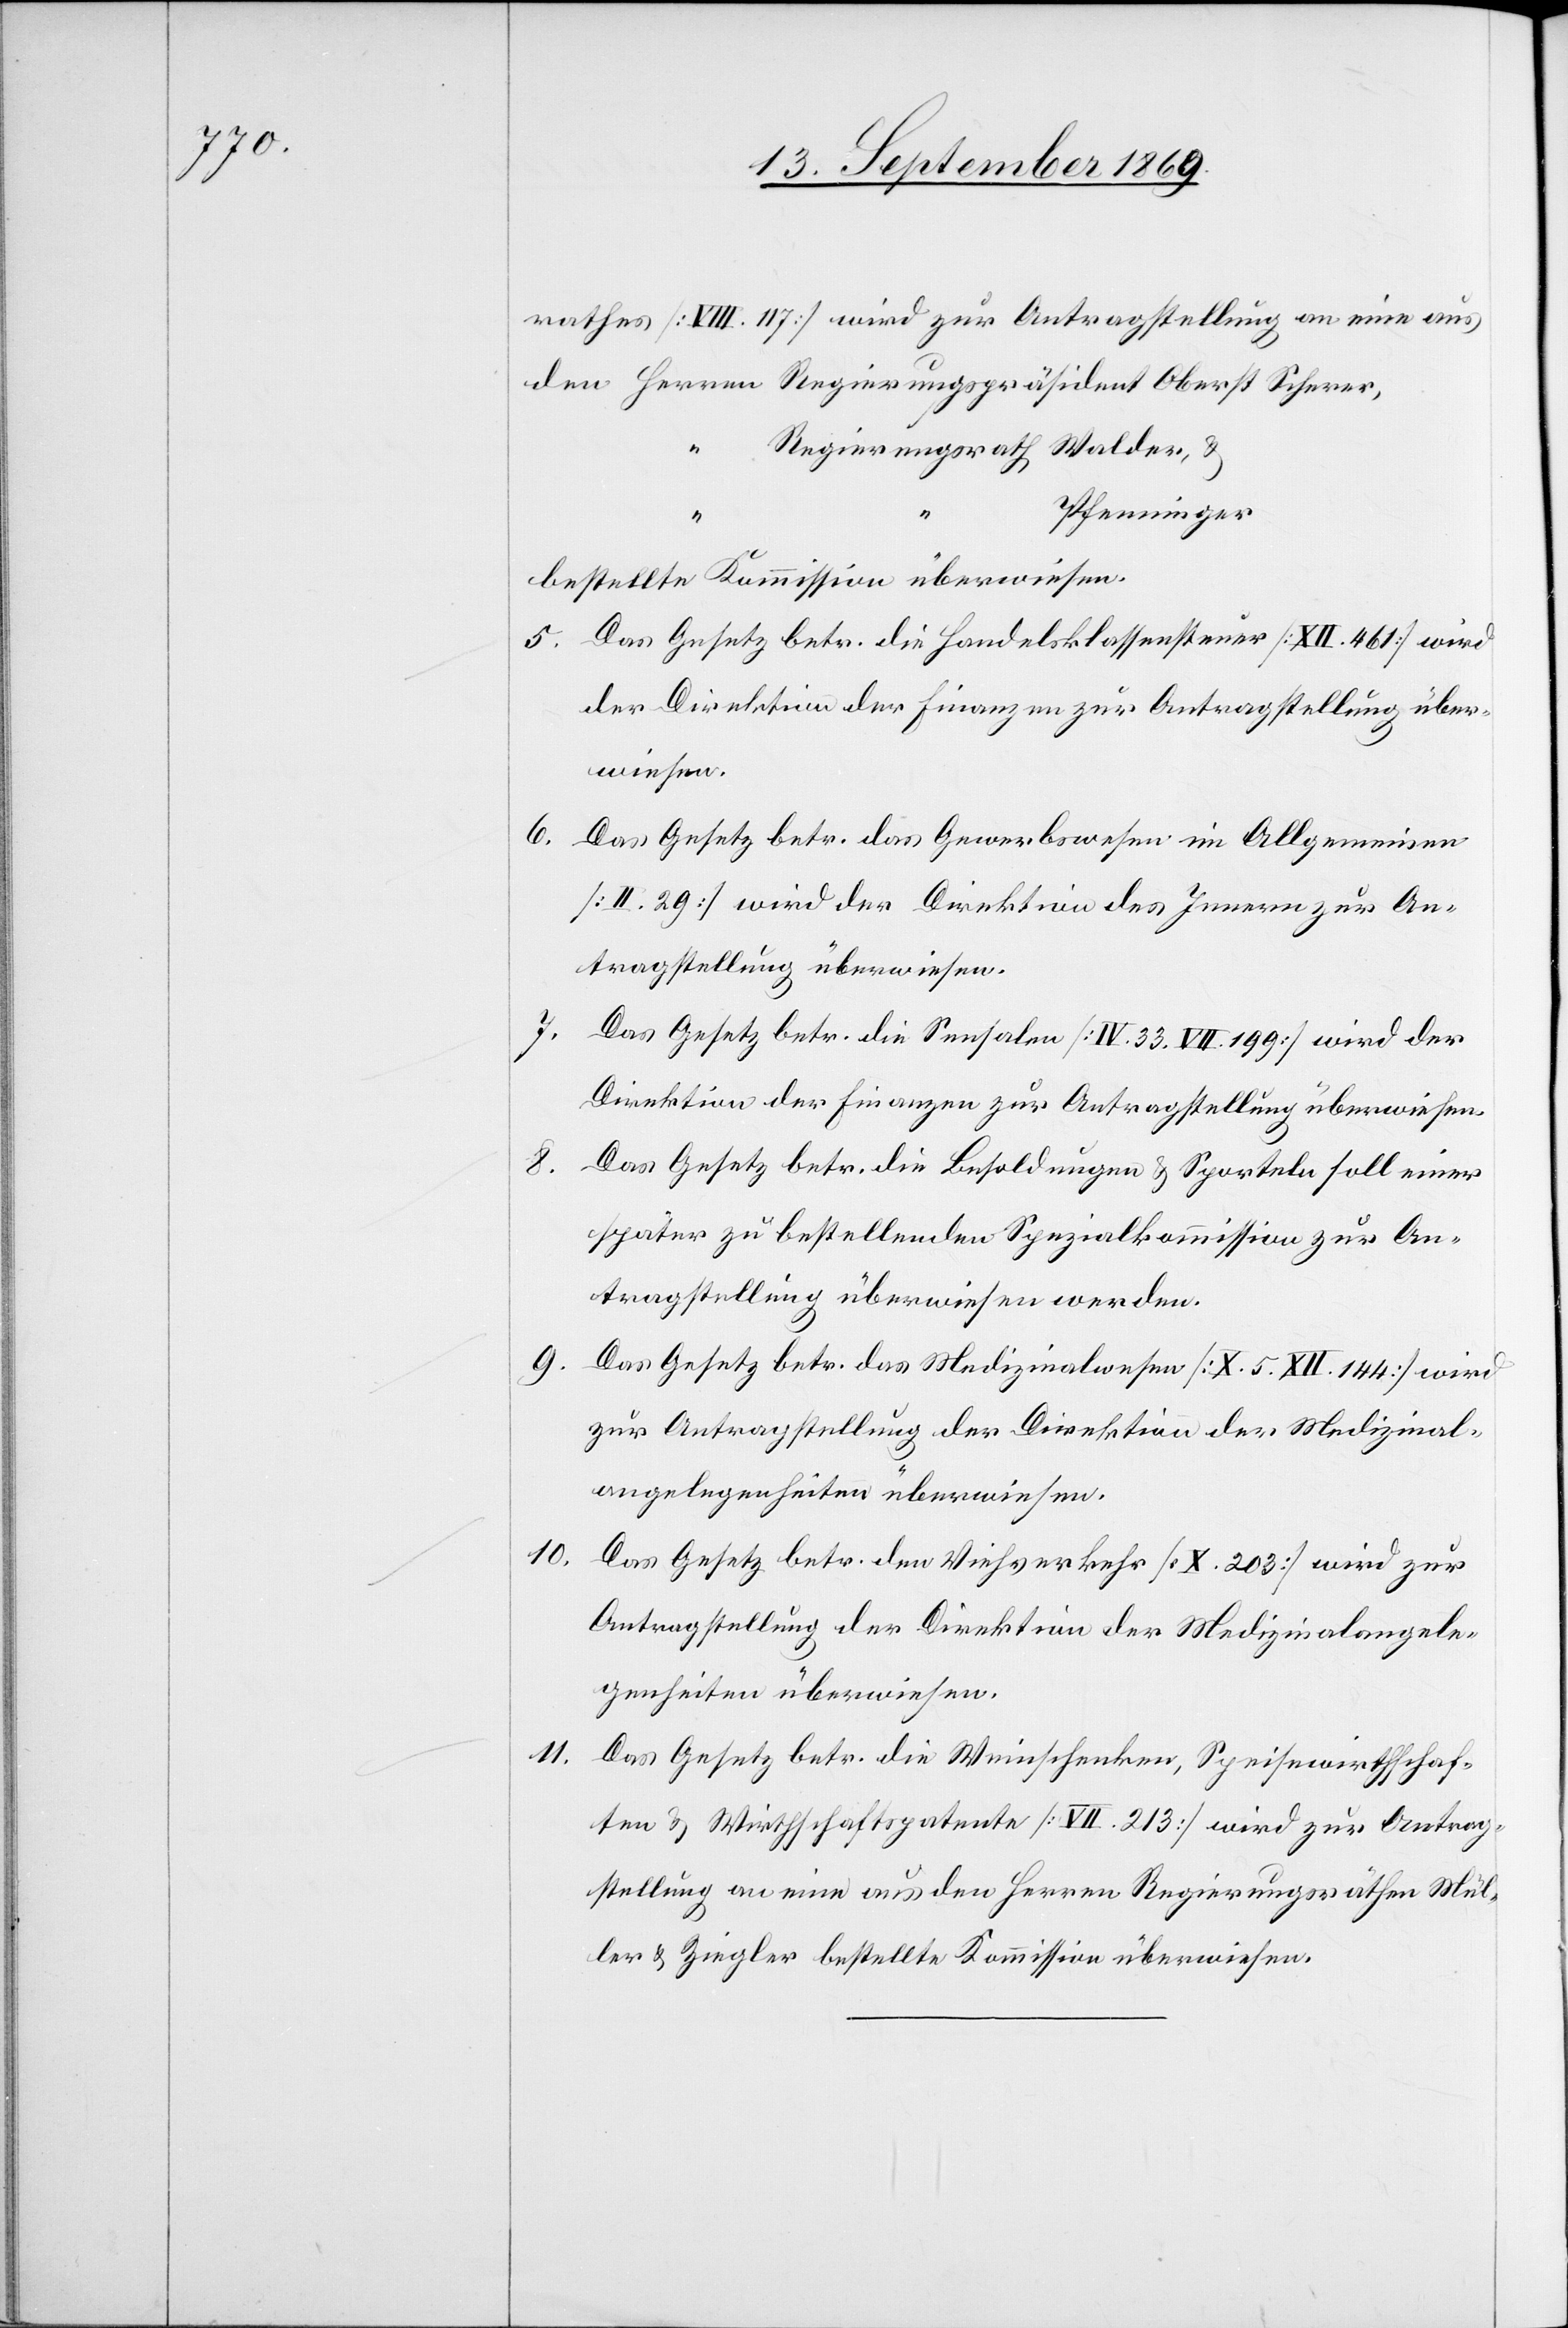
117]

10.
11.

Regierungsrath Walder, &
Pfenninger
bestellte Kommission überwiesen.
5. Das Gesetz betr. die Handelsklassensteuer [XII. 461] wird
der Direktion der Finanzen zur Antragstellung über¬
wiesen.
6.
Das Gesetz betr. das Gewerbswesen im Allgemeinen
[II. 29] wird der Direktion des Innern zur An¬
tragstellung überwiesen.
7.
Das Gesetz betr. die Sensalen [IV. 33. VII. 199] wird der
Direktion der Finanzen zur Antragstellung überwiesen.
8.
Das Gesetz betr. die Besoldungen & Sporteln soll einer
später zu bestellenden Spezialkommission zur An¬
tragstellung überwiesen werden.
Das Gesetz betr. das Medizinalwesen [X. 5. XII. 144] wird
Das Gesetz betr. den Viehverkehr [X. 203] wird zur
Antragstellung der Direktion der Medizinalangele¬
genheiten überwiesen.
Das Gesetz betr. die Weinschenken, Speisewirthschaf¬
ten & Wirthschaftspatente [VII. 213] wird zur Antrag¬
stellung an eine aus den Herren Regierungsräthen Mül¬
ler & Ziegler bestellte Kommission überwiesen.